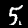
Digit: 5